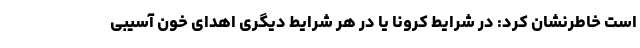
است خاطرنشان کرد: در شرایط کرونا یا در هر شرایط دیگری اهدای خون آسیبی